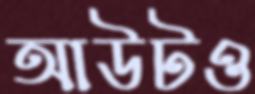
আউটও